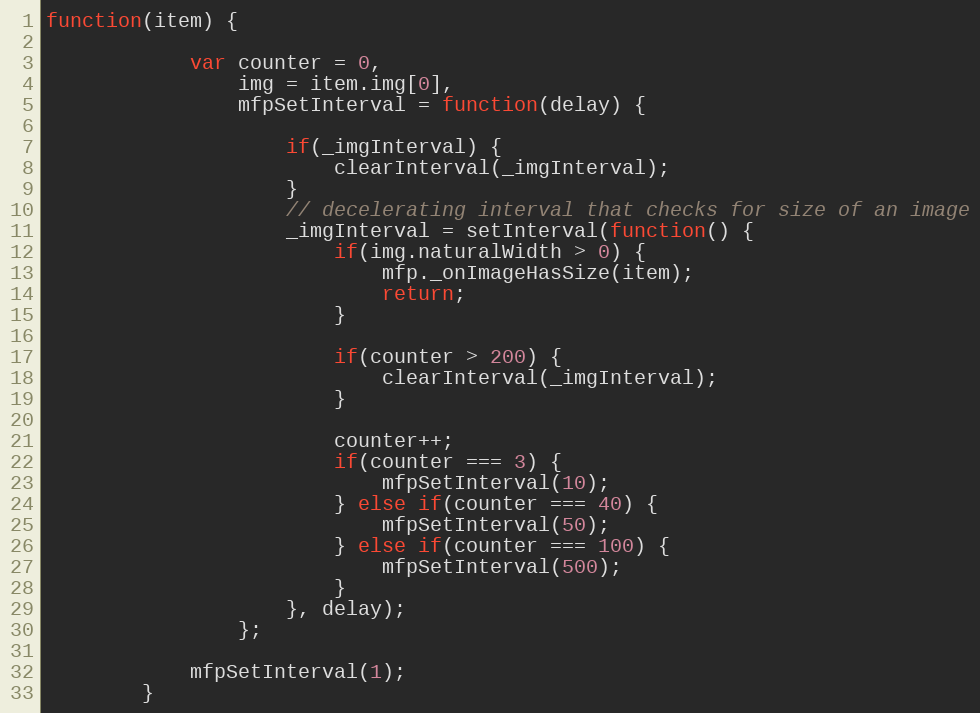
Language: JavaScript
function(item) {

			var counter = 0,
				img = item.img[0],
				mfpSetInterval = function(delay) {

					if(_imgInterval) {
						clearInterval(_imgInterval);
					}
					// decelerating interval that checks for size of an image
					_imgInterval = setInterval(function() {
						if(img.naturalWidth > 0) {
							mfp._onImageHasSize(item);
							return;
						}

						if(counter > 200) {
							clearInterval(_imgInterval);
						}

						counter++;
						if(counter === 3) {
							mfpSetInterval(10);
						} else if(counter === 40) {
							mfpSetInterval(50);
						} else if(counter === 100) {
							mfpSetInterval(500);
						}
					}, delay);
				};

			mfpSetInterval(1);
		}